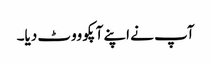
آپ نے اپنے آپکو ووٹ دیا۔